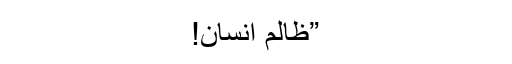
”ظالم انسان!